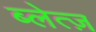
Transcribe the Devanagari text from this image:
ब्लेत्ज़